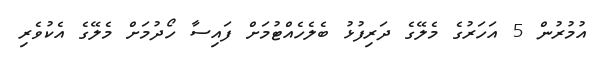
އުމުރުން 5 އަހަރުގެ މެލޭގެ ދަރިފުޅު ބެލެހެއްޓުމަށް ފައިސާ ހޯދުމަށް މެލޭގެ އެކުވެރި